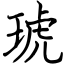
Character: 琥